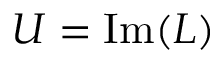
U = { \mathrm { I m } } ( L )